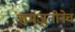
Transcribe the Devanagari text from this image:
समजुतीनेच